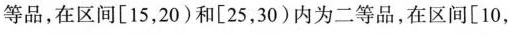
等品，在区间[15，20)和[25，30)内为二等品，在区间[10，